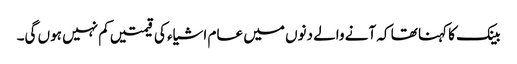
بینک کا کہنا تھا کہ آنے والے دنوں میں عام اشیاء کی قیمتیں کم نہیں ہوں گی۔